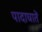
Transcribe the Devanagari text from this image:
पादाघातें